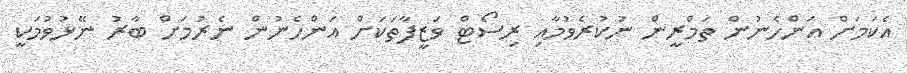
އެކަމަށް އަންހެނުން ތަމްރީން ނުކުރެވުމާއި ރިސޯޓް ވަޒީފާތަކަށް އަންހެނުން ނެރުމަށް ބާރު ނޭޅުވުމަކީ